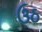
ઉઠ